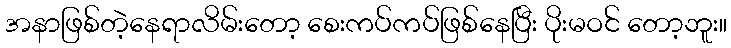
အနာဖြစ်တဲ့နေရာလိမ်းတော့ စေးကပ်ကပ်ဖြစ်နေပြီး ပိုးမဝင် တော့ဘူး။